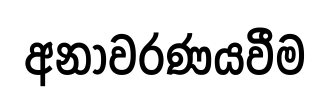
අනාවරණයවීම